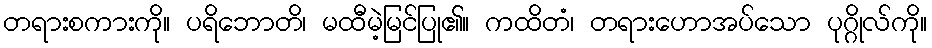
တရားစကားကို။ ပရိဘောတိ၊ မထီမဲ့မြင်ပြု၏။ ကထိတံ၊ တရားဟောအပ်သော ပုဂ္ဂိုလ်ကို။